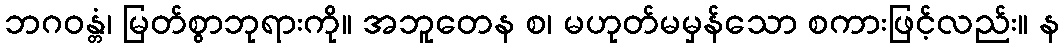
ဘဂဝန္တံ၊ မြတ်စွာဘုရားကို။ အဘူတေန စ၊ မဟုတ်မမှန်သော စကားဖြင့်လည်း။ န